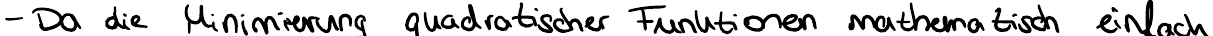
- Da die Minimierung quadratischer Funktionen mathematisch einfach